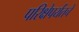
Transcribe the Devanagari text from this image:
परिक्षेपर्यंतचे